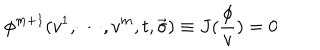
\phi ^ { m + 1 } ( v ^ { 1 } , \cdots , v ^ { m } , t , \vec { \sigma } ) \equiv J ( \frac \phi v ) = 0